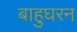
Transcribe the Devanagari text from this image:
बाहुघरन